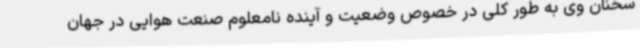
سخنان وی به طور کلی در خصوص وضعیت و آینده نامعلوم صنعت هوایی در جهان